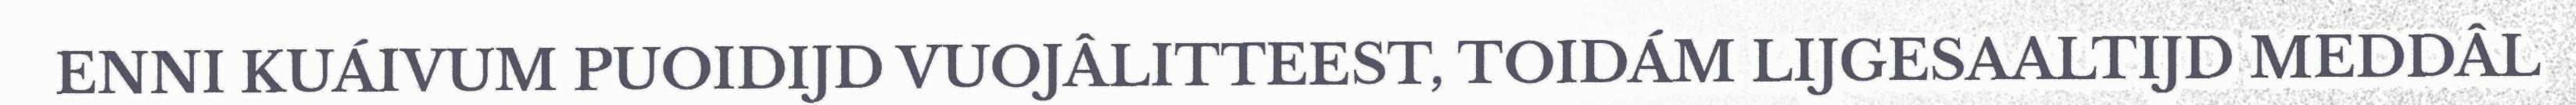
ENNI KUÁIVUM PUOIDIJD VUOJÂLITTEEST, TOIDÁM LIJGESAALTIJD MEDDÂL